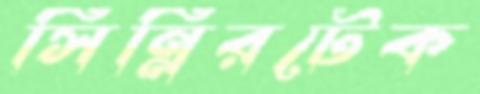
সিন্নিরটেক